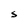
Character: S